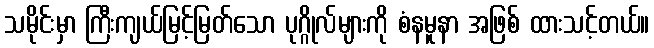
သမိုင်းမှာ ကြီးကျယ်မြင့်မြတ်သော ပုဂ္ဂိုလ်များကို စံနမူနာ အဖြစ် ထားသင့်တယ်။